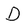
Character: D